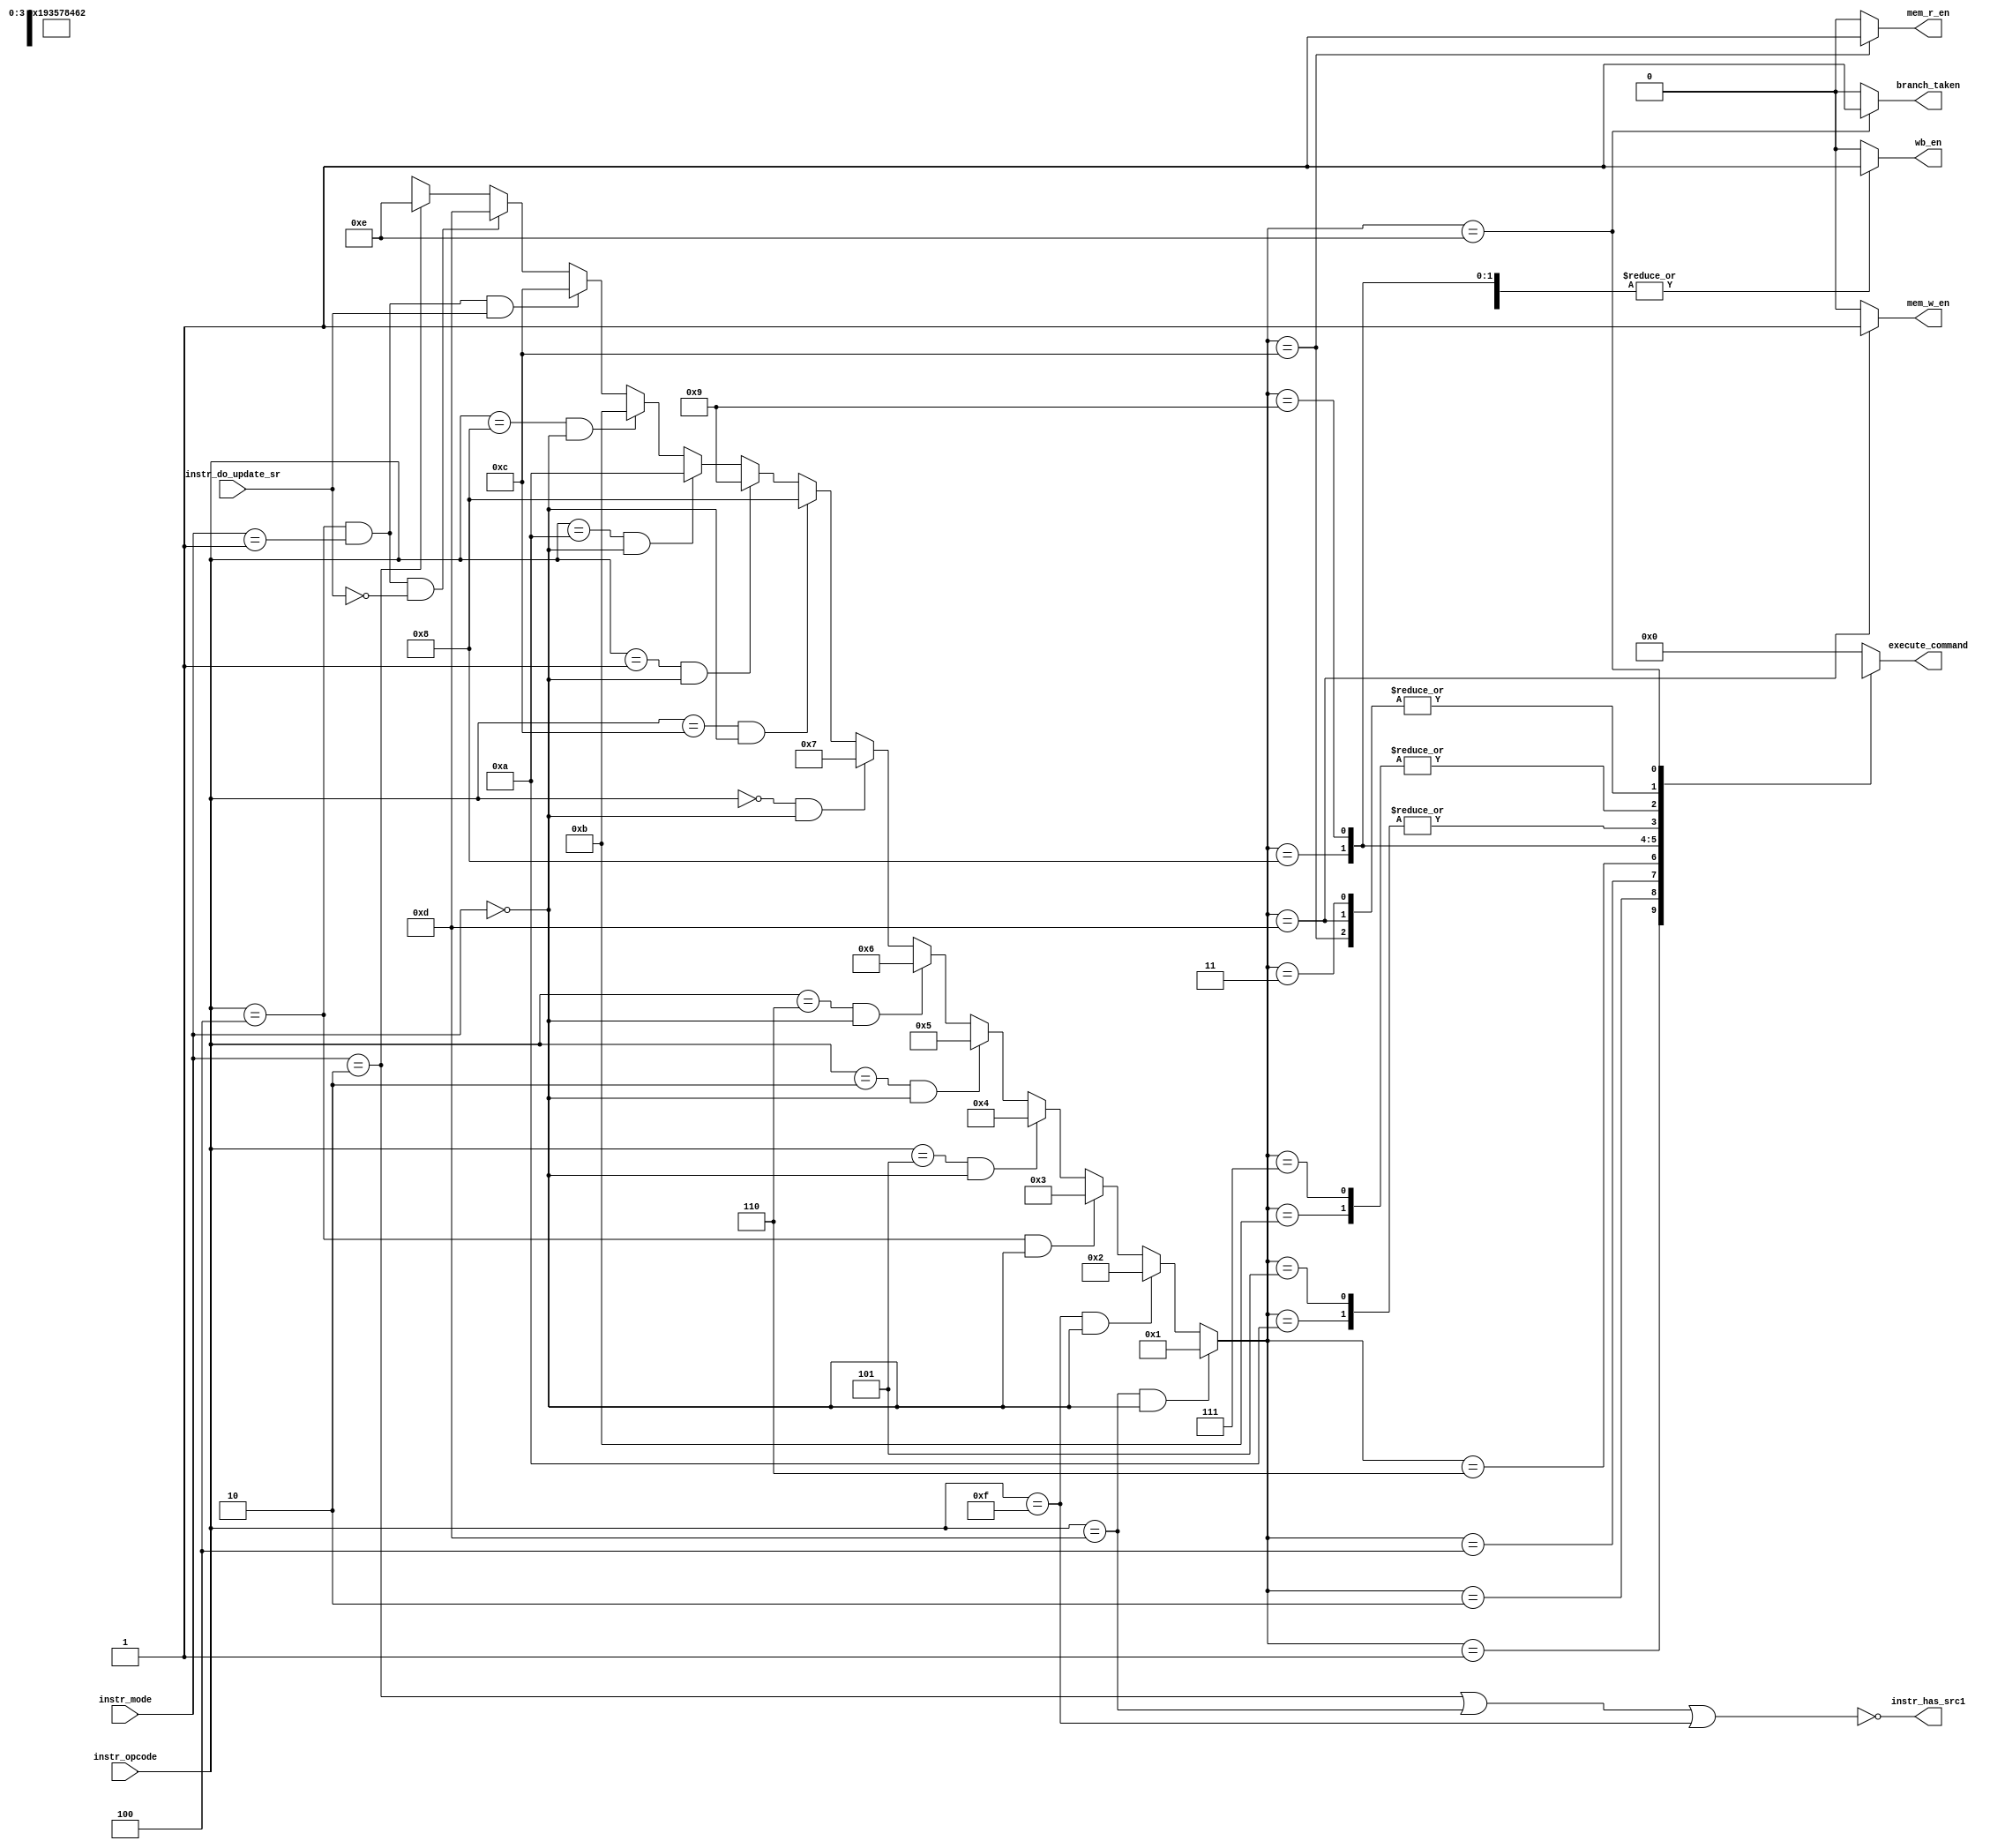
`define OPC_NOP     4'b0000 // 0
`define OPC_MOV     4'b1101 // 1
`define OPC_MVN     4'b1111 // 2
`define OPC_ADD     4'b0100 // 3
`define OPC_ADC     4'b0101 // 4
`define OPC_SUB     4'b0010 // 5
`define OPC_SBC     4'b0110 // 6
`define OPC_AND     4'b0000 // 7
`define OPC_ORR     4'b1100 // 8
`define OPC_EOR     4'b0001 // 9
`define OPC_CMP     4'b1010 // 10
`define OPC_TST     4'b1000 // 11
`define OPC_LDR     4'b0100 // 12
`define OPC_STR     4'b0100 // 13

`define MODE_ARITH  2'b00
`define MODE_LD_STR 2'b01
`define MODE_BR     2'b10

`define TYPE_NOP    4'b0000 // 0
`define TYPE_MOV    4'b0001 // 1
`define TYPE_MVN    4'b0010 // 2
`define TYPE_ADD    4'b0011 // 3
`define TYPE_ADC    4'b0100 // 4
`define TYPE_SUB    4'b0101 // 5
`define TYPE_SBC    4'b0110 // 6
`define TYPE_AND    4'b0111 // 7
`define TYPE_ORR    4'b1000 // 8
`define TYPE_EOR    4'b1001 // 9
`define TYPE_CMP    4'b1010 // 10
`define TYPE_TST    4'b1011 // 11
`define TYPE_LDR    4'b1100 // 12
`define TYPE_STR    4'b1101 // 13
`define TYPE_BR     4'b1110 // 14

`define EXECMD_MOV     4'b0001     // 0
`define EXECMD_MVN     4'b1001     // 1
`define EXECMD_ADD     4'b0010     // 2
`define EXECMD_ADC     4'b0011     // 3
`define EXECMD_SUB     4'b0100     // 4
`define EXECMD_SBC     4'b0101     // 5
`define EXECMD_AND     4'b0110     // 6
`define EXECMD_ORR     4'b0111     // 7
`define EXECMD_EOR     4'b1000     // 8
`define EXECMD_CMP     4'b0100     // 9
`define EXECMD_TST     4'b0110     // 10
`define EXECMD_LDR     4'b0010     // 11
`define EXECMD_STR     4'b0010     // 12
`define EXECMD_BR      4'bx        // 13

module control_unit(
    input               instr_do_update_sr,
    input       [3:0]   instr_opcode,
    input       [1:0]   instr_mode,
    
    output              instr_has_src1,
    output reg          wb_en,
    output reg          mem_r_en,
    output reg          mem_w_en,
    output reg          branch_taken,
    output reg  [3:0]   execute_command
);

    wire [3:0]      instr_type;

    assign instr_has_src1 = ~((instr_mode == `MODE_BR) | (instr_opcode == `OPC_MOV) | (instr_opcode == `OPC_MVN));

    assign instr_type =
        ((instr_opcode == `OPC_MOV) & (instr_mode == `MODE_ARITH))                          ? (`TYPE_MOV) : // 1
        ((instr_opcode == `OPC_MVN) & (instr_mode == `MODE_ARITH))                          ? (`TYPE_MVN) : // 2
        ((instr_opcode == `OPC_ADD) & (instr_mode == `MODE_ARITH))                          ? (`TYPE_ADD) : // 3
        ((instr_opcode == `OPC_ADC) & (instr_mode == `MODE_ARITH))                          ? (`TYPE_ADC) : // 4
        ((instr_opcode == `OPC_SUB) & (instr_mode == `MODE_ARITH))                          ? (`TYPE_SUB) : // 5
        ((instr_opcode == `OPC_SBC) & (instr_mode == `MODE_ARITH))                          ? (`TYPE_SBC) : // 6
        ((instr_opcode == `OPC_AND) & (instr_mode == `MODE_ARITH))                          ? (`TYPE_AND) : // 7
        ((instr_opcode == `OPC_ORR) & (instr_mode == `MODE_ARITH))                          ? (`TYPE_ORR) : // 8
        ((instr_opcode == `OPC_EOR) & (instr_mode == `MODE_ARITH))                          ? (`TYPE_EOR) : // 9
        ((instr_opcode == `OPC_CMP) & (instr_mode == `MODE_ARITH))                          ? (`TYPE_CMP) : // 10
        ((instr_opcode == `OPC_TST) & (instr_mode == `MODE_ARITH))                          ? (`TYPE_TST) : // 11
        ((instr_opcode == `OPC_LDR) & (instr_mode == `MODE_LD_STR) & (instr_do_update_sr))  ? (`TYPE_LDR) : // 12
        ((instr_opcode == `OPC_STR) & (instr_mode == `MODE_LD_STR) & (~instr_do_update_sr)) ? (`TYPE_STR) : // 13
        ((instr_mode   == `MODE_BR))                                                        ? (`TYPE_BR) : // 14
        4'bx;

always @(*) begin
    {wb_en, mem_r_en, mem_w_en, branch_taken, execute_command} <= 0;
        case (instr_type)
            `TYPE_NOP:  ;
            `TYPE_MOV:  {execute_command,   wb_en             } <= {`EXECMD_MOV,     1'b1        };
            `TYPE_MVN:  {execute_command,   wb_en             } <= {`EXECMD_MVN,     1'b1        };
            `TYPE_ADD:  {execute_command,   wb_en             } <= {`EXECMD_ADD,     1'b1        }; 
            `TYPE_ADC:  {execute_command,   wb_en             } <= {`EXECMD_ADC,     1'b1        };
            `TYPE_SUB:  {execute_command,   wb_en             } <= {`EXECMD_SUB,     1'b1        };
            `TYPE_SBC:  {execute_command,   wb_en             } <= {`EXECMD_SBC,     1'b1        };
            `TYPE_AND:  {execute_command,   wb_en             } <= {`EXECMD_AND,     1'b1        };
            `TYPE_ORR:  {execute_command,   wb_en             } <= {`EXECMD_ORR,     1'b1        };
            `TYPE_EOR:  {execute_command,   wb_en             } <= {`EXECMD_EOR,     1'b1        };
            `TYPE_CMP:  {execute_command                      } <= {`EXECMD_CMP                  };
            `TYPE_TST:  {execute_command                      } <= {`EXECMD_TST                  };
            `TYPE_LDR:  {execute_command,   wb_en,   mem_r_en } <= {`EXECMD_LDR,     1'b1,   1'b1};
            `TYPE_STR:  {execute_command,   mem_w_en          } <= {`EXECMD_STR,     1'b1        };
            `TYPE_BR:   {execute_command,   branch_taken      } <= {`EXECMD_BR,      1'b1        };
            default:    {wb_en, mem_r_en, mem_w_en, branch_taken, execute_command} <= 0;
        endcase
    end

endmodule